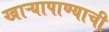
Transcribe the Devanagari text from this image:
खाऱ्यापाण्याची